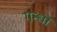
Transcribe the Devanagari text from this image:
गन्धों